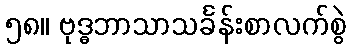
၅၈။ ဗုဒ္ဓဘာသာသင်္ခန်းစာလက်စွဲ